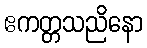
ဧကတ္တသညိနော